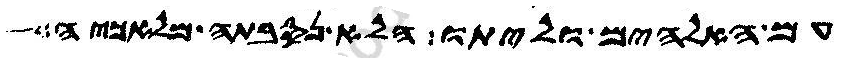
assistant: עם האלהים וליתו הלא נסבתה מלאכיה